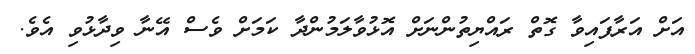
އަށް އަރާފައިވާ ގޮތް ރައްޔިތުންނަށް އޮޅުވާލަމުންދާ ކަމަށް ވެސް އޭނާ ވިދާޅުވި އެވެ.